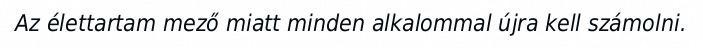
Az élettartam mező miatt minden alkalommal újra kell számolni.